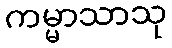
ကမ္မာသာသု